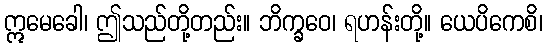
ဣမေခေါ၊ ဤသည်တို့တည်း။ ဘိက္ခဝေ၊ ရဟန်းတို့။ ယေပိကေစိ၊